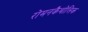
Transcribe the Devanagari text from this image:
रोमनकैथोलिक